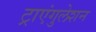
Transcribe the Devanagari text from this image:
ट्राएंगुलेशन